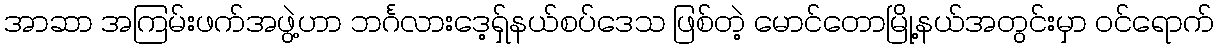
အာဆာ အကြမ်းဖက်အဖွဲ့ဟာ ဘင်္ဂလားဒေ့ရှ်နယ်စပ်ဒေသ ဖြစ်တဲ့ မောင်တောမြို့နယ်အတွင်းမှာ ဝင်ရောက်